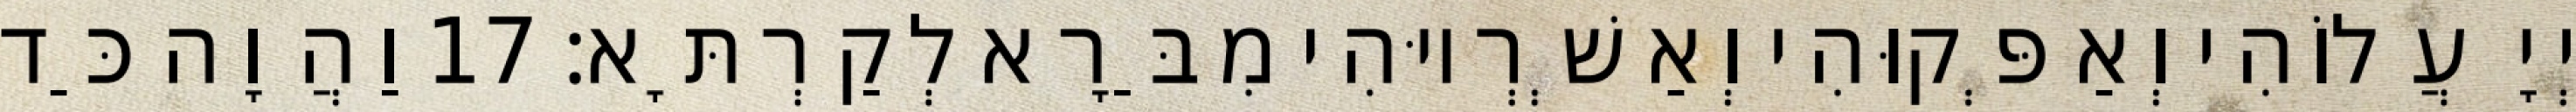
יְיָ עֲלוֹהִי וְאַפְּקוּהִי וְאַשְׁרְיוּהִי מִבַּרָא לְקַרְתָּא׃ 17 וַהֲוָה כַּד